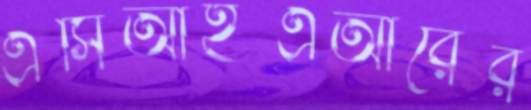
এসিআইএআরের